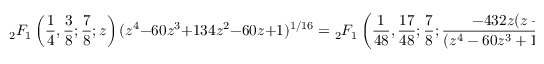
{ } _ { 2 } F _ { 1 } \left( { \frac { 1 } { 4 } } , { \frac { 3 } { 8 } } ; { \frac { 7 } { 8 } } ; z \right) ( z ^ { 4 } - 6 0 z ^ { 3 } + 1 3 4 z ^ { 2 } - 6 0 z + 1 ) ^ { 1 / 1 6 } = { } _ { 2 } F _ { 1 } \left( { \frac { 1 } { 4 8 } } , { \frac { 1 7 } { 4 8 } } ; { \frac { 7 } { 8 } } ; { \frac { - 4 3 2 z ( z - 1 ) ^ { 2 } ( z + 1 ) ^ { 8 } } { ( z ^ { 4 } - 6 0 z ^ { 3 } + 1 3 4 z ^ { 2 } - 6 0 z + 1 ) ^ { 3 } } } \right) .